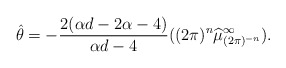
\begin{align*}\hat{\theta}=-\frac{2(\alpha d-2\alpha-4)}{\alpha d-4}((2\pi)^n \widehat{\mu}^{\infty}_{(2\pi)^{-n}}).\end{align*}